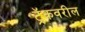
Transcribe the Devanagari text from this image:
ट्रॅकवरील